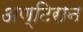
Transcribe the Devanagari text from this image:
अण्टिरान